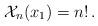
LaTeX: \begin{align*} \mathcal{X}_{n}(x_1)=n!\,. \end{align*}